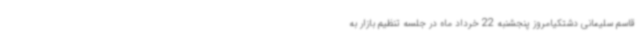
قاسم سلیمانی دشتکیامروز پنجشنبه 22 خرداد ماه در جلسه تنظیم بازار به